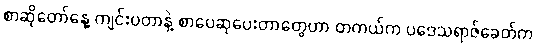
စာဆိုတော်နေ့ ကျင်းပတာနဲ့ စာပေဆုပေးတာတွေဟာ တကယ်က ပဒေသရာဇ်ခေတ်က